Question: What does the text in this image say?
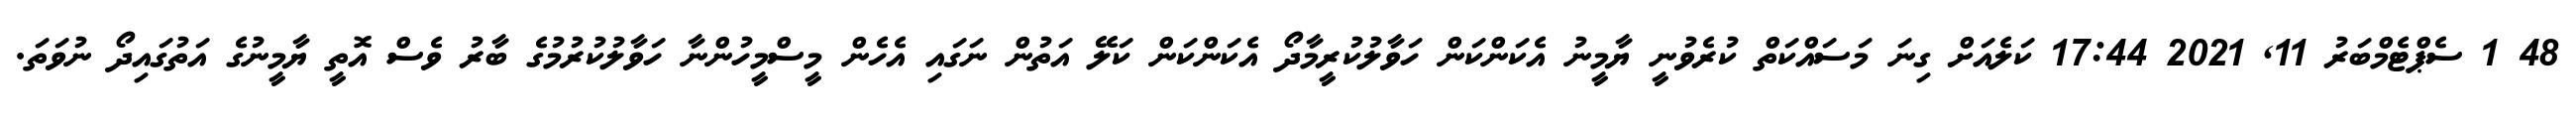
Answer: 48 1 ސެޕްޓެމްބަރު 11, 2021 17:44 ކަލެއަށް ގިނަ މަސައްކަތް ކުރެވުނީ ޔާމީނު އެކަންކަން ހަވާލުކުރީމާދޯ އެކަންކަން ކަލޭ އަތުން ނަގައި އެހެން މީސްމީހުންނާ ހަވާލުކުރުމުގެ ބާރު ވެސް އޮތީ ޔާމީނުގެ އަތުގައިދޯ ނުވަތަ.